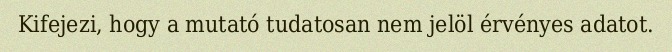
Kifejezi, hogy a mutató tudatosan nem jelöl érvényes adatot.